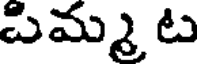
పిమ్మ ట